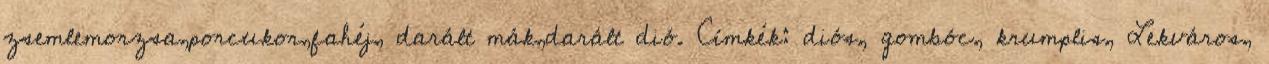
zsemlemorzsa,porcukor,fahéj, darált mák,darált dió. Címkék: diós, gombóc, krumplis, Lekváros,